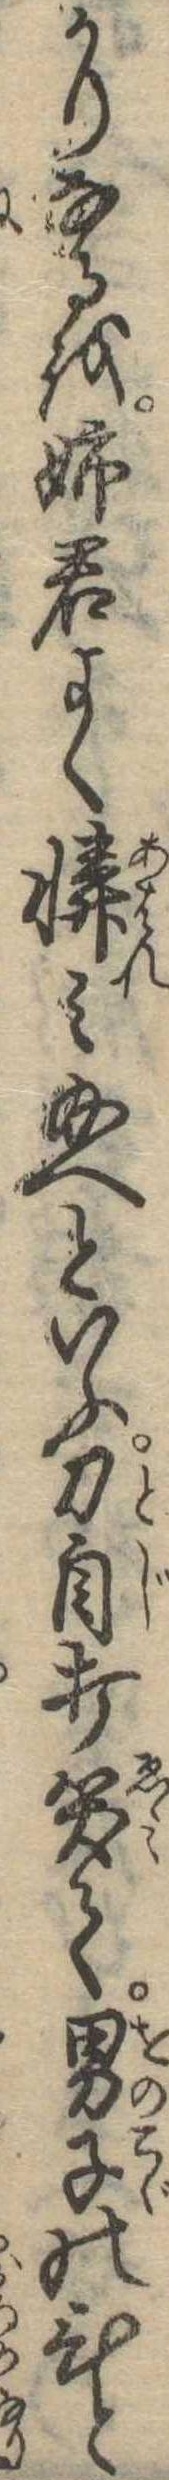
かりなるを姉君よく憐み給へといふ刀自打笑て男子のひと